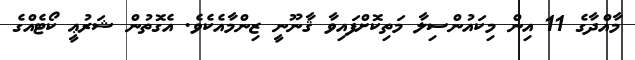
މާއްދާގެ 11 އިން މިކައުންސިލާ މަތިކޮށްފައިވާ ޤާނޫނީ ޒިންމާއެކެވެ. އެގޮތުން ޝަރުޢީ ކޯޓެއްގެ